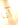
آنا